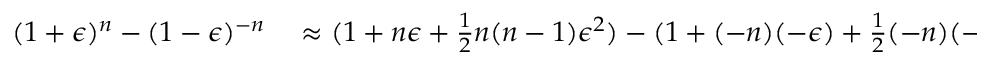
\begin{array} { r l } { ( 1 + \epsilon ) ^ { n } - ( 1 - \epsilon ) ^ { - n } } & { { } \approx ( 1 + n \epsilon + { \frac { 1 } { 2 } } n ( n - 1 ) \epsilon ^ { 2 } ) - ( 1 + ( - n ) ( - \epsilon ) + { \frac { 1 } { 2 } } ( - n ) ( - n - 1 ) ( - \epsilon ) ^ { 2 } ) } \end{array}